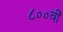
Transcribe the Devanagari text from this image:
८००वीं